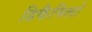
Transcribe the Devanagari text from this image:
डिकैमिलो